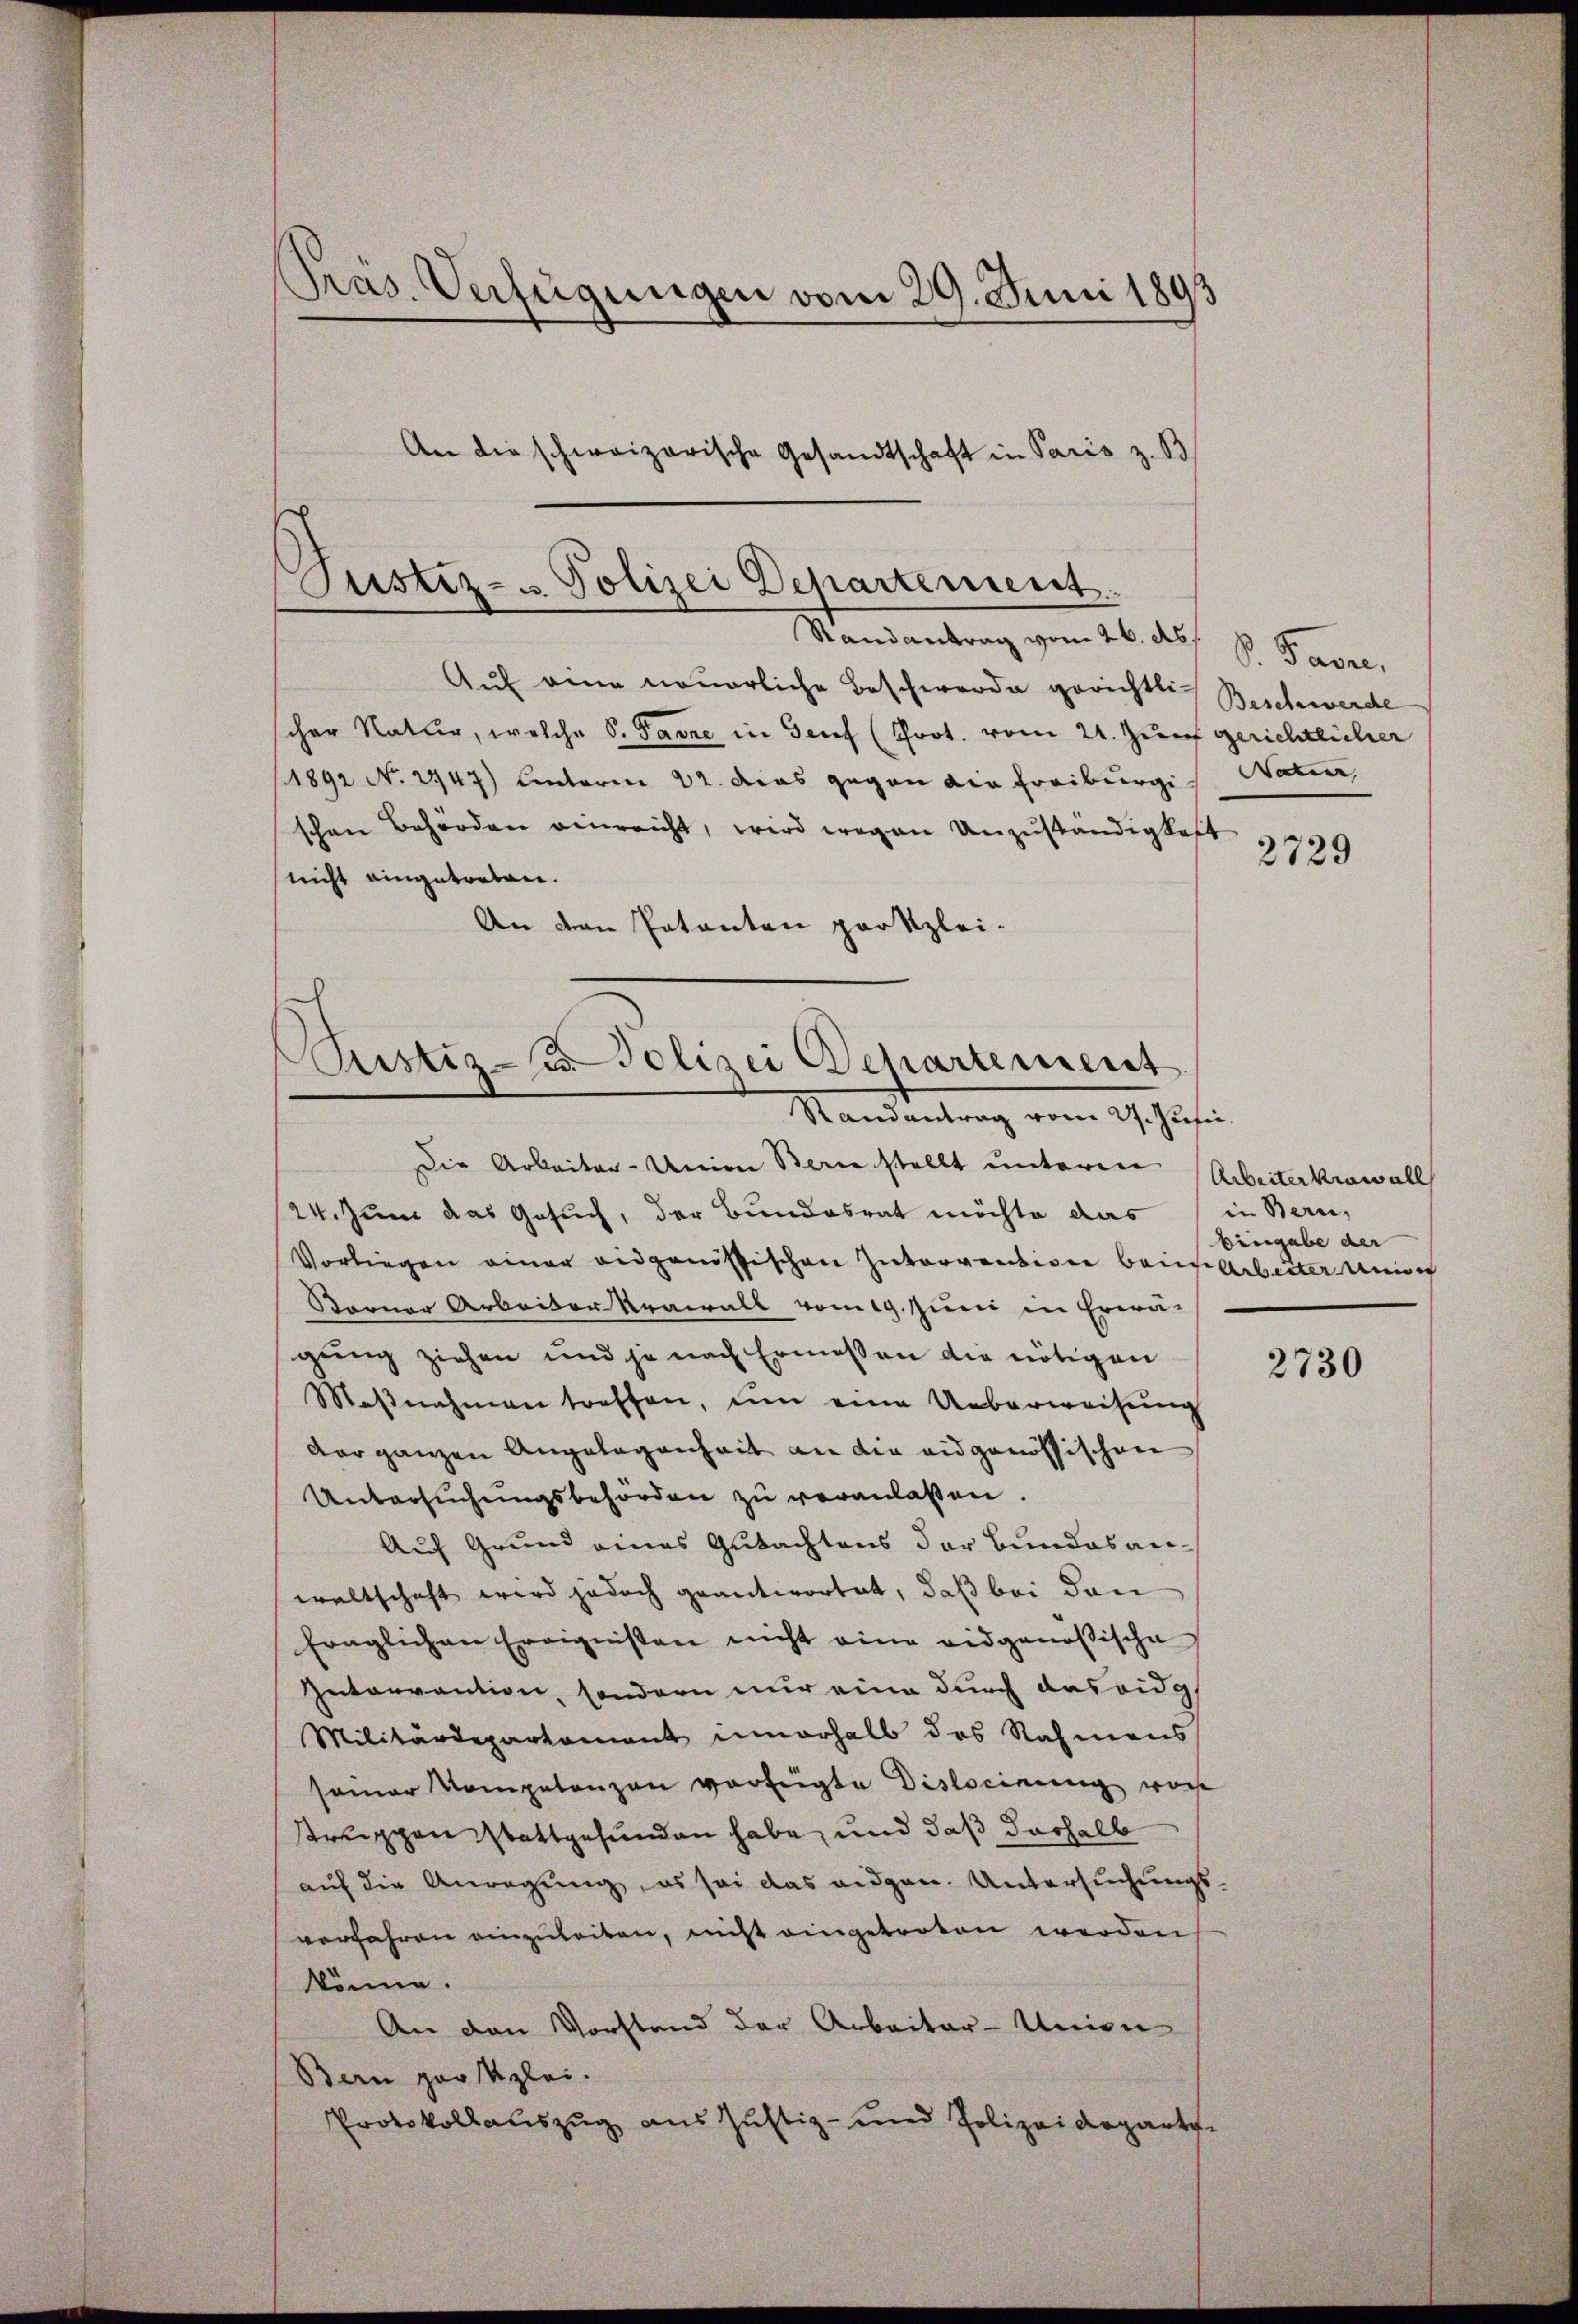
Pras. Verfügungen vom 29. Juni 1893
An die schweizerische Gesandtschaft in Paris z. B

Justiz- u Polizei Departement.
Randantrag vom 26. ds.

Auf eine neuerliche Beschwerde gerichtlich Beschwerde
scher Natur, welche S. Pavre in Genf (Prot. vom 24. Zunf gerichtlicher
(1892 No 2947) Unterm 22. das gegen die Freiburgi
schen Behörden einreicht, wird wegen Unzuständigkeit
2729
nicht eingetreten.
An den Patanten parkzlei-

Justiz- u. Polizei Departement
Randantrag vom 27. Jusii.

Die Arbeiter Unio Berne stellt unterer Arbeiterkrawall
24. Juni das Gesuch, der Bundesrat möchte das in Bern,
Vorliegen einer eidgenössischen Intervention beim Arbeiter Union
Sterner Arbeiter Krawall vom 19. Juni in Erwä-
gung ziehen und je nach Ermessen die nötigen
Maβnahmen treffen, um eine Ueberweisung
dar ganzen Angelegenheit an die eidgenössischen
Untersuchungsbehörden zu veranlassen.
Auf Grund eines Gutachtens der Bundes anwaltschaft wird jedoch geantwortet, daß bei den
fraglichen Ereignissen nicht eine eidgenößische
Intervantion, sondern nur eine durch das eidg
Militärdepartement innerhalb das Nahmens
seiner Kompetenzen verfügte Dislocirung von
struppen stattgefunden habe, und daß deshalb
auf die Anregung, es sei das augen. Untersuchungs-
verfahren einzuleiten, nicht eingetroten werden
könne.
An den Vorstand der Arbeiter-Union
Bern par Uzlei.
Protokollauszug aus Justiz- und Polizeideparten

d. Facu
Vatier, |

Eingabe der

2730